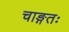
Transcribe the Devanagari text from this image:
चाङ्गतः